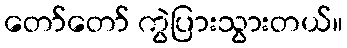
တော်တော် ကွဲပြားသွားတယ်။